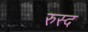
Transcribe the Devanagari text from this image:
रुस्द